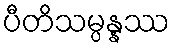
ပီတိသမ္ပန္နဿ